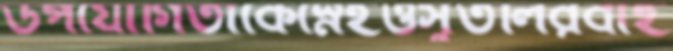
উপযোগিতাকেস্নেহওসুতলিরবাহ